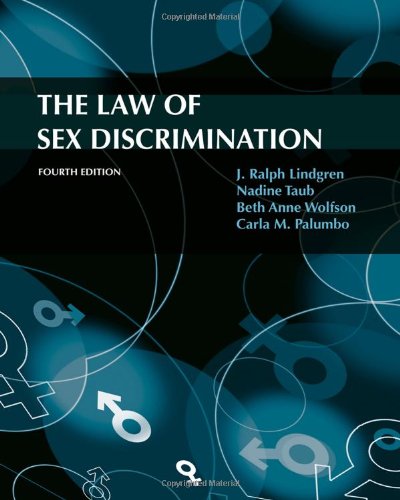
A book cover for The Law of Sex Discrimination, 4th Edition; J. Ralph Lindgren; Law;